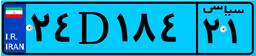
۲۴D۱۸۴۲۱